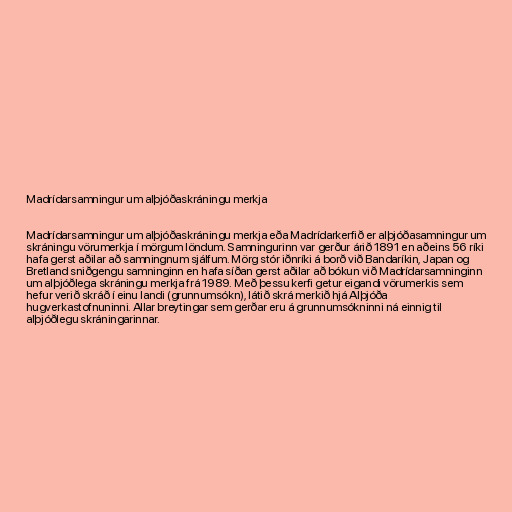
Madrídarsamningur um alþjóðaskráningu merkja

Madrídarsamningur um alþjóðaskráningu merkja eða Madrídarkerfið er alþjóðasamningur um
skráningu vörumerkja í mörgum löndum. Samningurinn var gerður árið 1891 en aðeins 56 ríki
hafa gerst aðilar að samningnum sjálfum. Mörg stór iðnríki á borð við Bandaríkin, Japan og
Bretland sniðgengu samninginn en hafa síðan gerst aðilar að bókun við Madrídarsamninginn
um alþjóðlega skráningu merkja frá 1989. Með þessu kerfi getur eigandi vörumerkis sem
hefur verið skráð í einu landi (grunnumsókn), látið skrá merkið hjá Alþjóða
hugverkastofnuninni. Allar breytingar sem gerðar eru á grunnumsókninni ná einnig til
alþjóðlegu skráningarinnar.